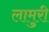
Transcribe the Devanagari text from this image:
लामुरी